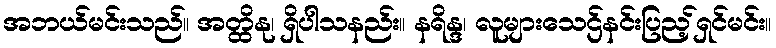
အဘယ်မင်းသည်။ အတ္ထိနု၊ ရှိပါသနည်း။ နရိန္ဒ၊ လူများသေဌ်နင်းပြည့်ရှင်မင်း။